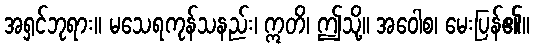
အရှင်ဘုရား။ မသေရကုန်သနည်း၊ ဣတိ၊ ဤသို့။ အဝေါစ၊ မေးပြန်၏။